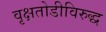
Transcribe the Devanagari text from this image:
वृक्षतोडीविरुद्ध